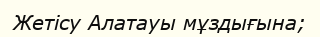
Жетісу Алатауы мұздығына;